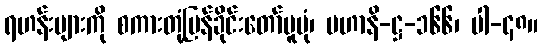
ရဟန်းများကို စကားတုံ့ပြန်ခိုင်းတော်မူပုံ၊ မဟာနိ-ဋ္ဌ-၁၆၆၊ ပါ-၄၈။